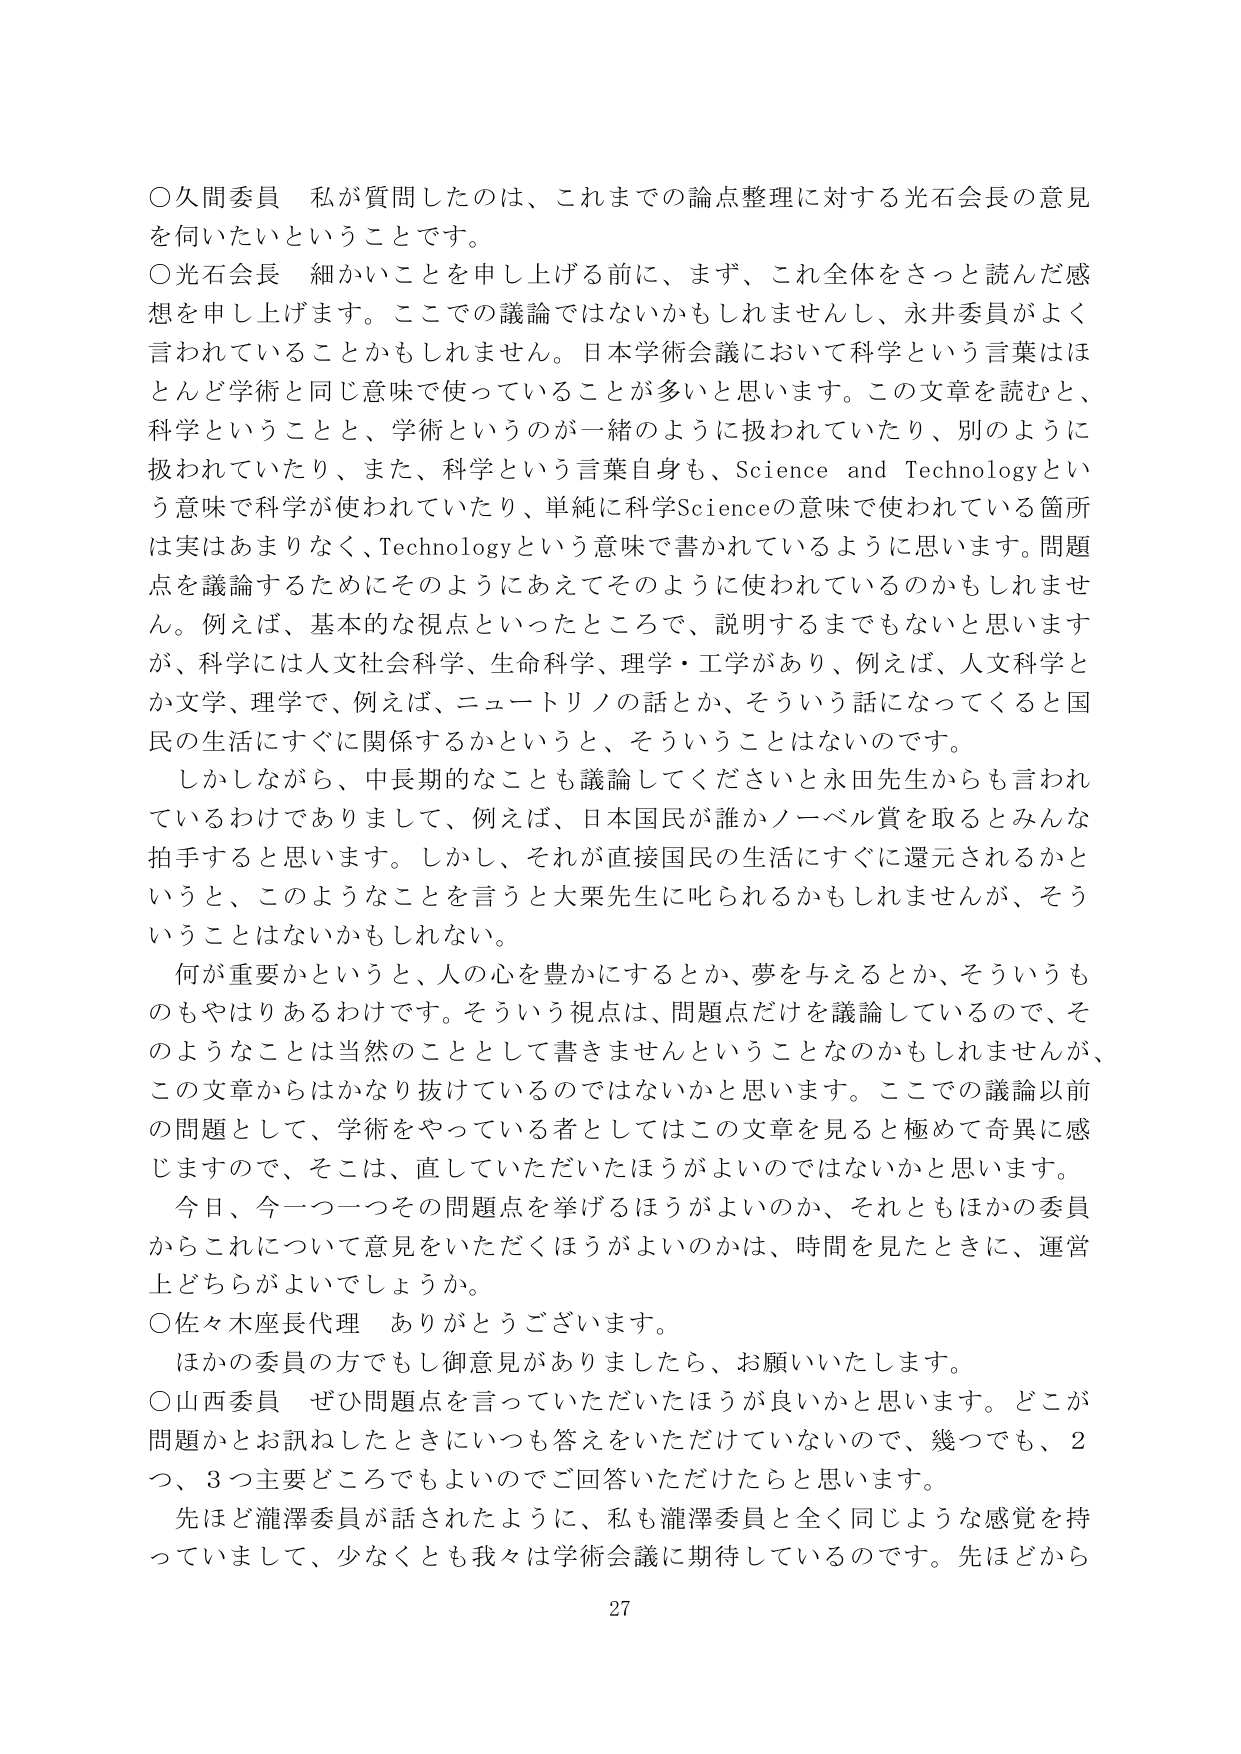
〇久間委員　私が質問したのは、これまでの論点整理に対する光石会長の意見を伺いたいということです。

〇光石会長　細かいことを申し上げる前に、まず、これ全体をさっと読んだ感想を申し上げます。ここでの議論ではないかもしれませんし、永井委員がよく言われていることかもしれません。日本学術会議において科学という言葉はほとんど学術と同じ意味で使っていることが多いと思います。この文章を読むと、科学ということと、学術というのが一緒のように扱われていたり、別のように扱われていたり、また、科学という言葉自身も、Science and Technologyという意味で科学が使われていたり、単純に科学Scienceの意味で使われている箇所は実はあまりなく、Technologyという意味で書かれているように思います。問題点を議論するためにそのようにあえてそのように使われているのかもしれません。例えば、基本的な視点といったところで、説明するまでもないと思いますが、科学には人文社会科学、生命科学、理学・工学があり、例えば、人文科学とか文学、理学で、例えば、ニュートリノの話とか、そういう話になってくると国民の生活にすぐに関係するかというと、そういうことはないのです。

　しかしながら、中長期的なことも議論してくださいと永田先生からも言われているわけでありまして、例えば、日本国民が誰かノーベル賞を取るとみんな拍手すると思います。しかし、それが直接国民の生活にすぐに還元されるかというと、このようなことを言うと大栗先生に叱られるかもしれませんが、そういうことはないかもしれない。

　何が重要かというと、人の心を豊かにするとか、夢を与えるとか、そういうものもやはりあるわけです。そういう視点は、問題点だけを議論しているので、そのようなことは当然のこととして書きませんということなのかもしれませんが、この文章からはかなり抜けているのではないかと思います。ここでの議論以前の問題として、学術をやっている者としてはこの文章を見ると極めて奇異に感じますので、そこは、直していただいたほうがよいのではないかと思います。

　今日、今一つ一つその問題点を挙げるほうがよいのか、それともほかの委員からこれについて意見をいただくほうがよいのかは、時間を見たときに、運営上どちらがよいでしょうか。

〇佐々木座長代理　ありがとうございます。

　ほかの委員の方でもし御意見がありましたら、お願いいたします。

〇山西委員　ぜひ問題点を言っていただいたほうが良いかと思います。どこが問題かとお訊ねしたときにいつも答えをいただけていないので、幾つでも、2つ、3つ主要どころでもよいのでご回答いただけたらと思います。

　先ほど瀧澤委員が話されたように、私も瀧澤委員と全く同じような感覚を持っていまして、少なくとも我々は学術会議に期待しているのです。先ほどから

27